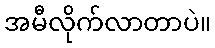
အမီလိုက်လာတာပဲ။